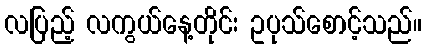
လပြည့် လကွယ်နေ့တိုင်း ဥပုသ်စောင့်သည်။